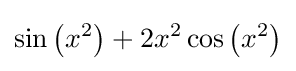
\sin \left(x^{2}\right)+2x^{2}\cos \left(x^{2}\right)